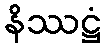
နိဿဋ္ဌံ